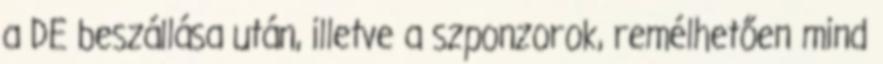
a DE beszállása után, illetve a szponzorok, remélhetően mind